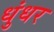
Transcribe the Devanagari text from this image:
धुंधर